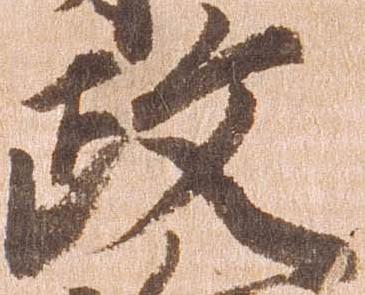
政